Madras plague regulations in force outside the Presidency town - Volume 4
Disease focus: Plague
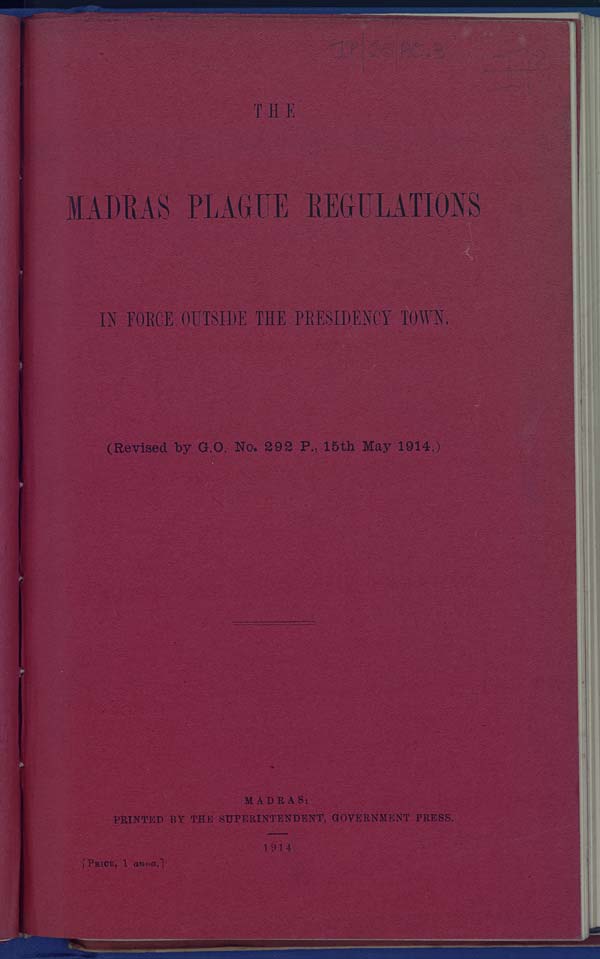
THE
MADRAS PLAGUE REGULATIONS
IN FORCE OUTSIDE THE PRESIDENCY TOWN.
(Revised by G.O. No. 292 P., 15th May 1914.)
MADRAS:
PRINTED BY THE SUPERINTENDENT, GOVERNMENT PRESS.
1914
[PRICE, 1 anna.]